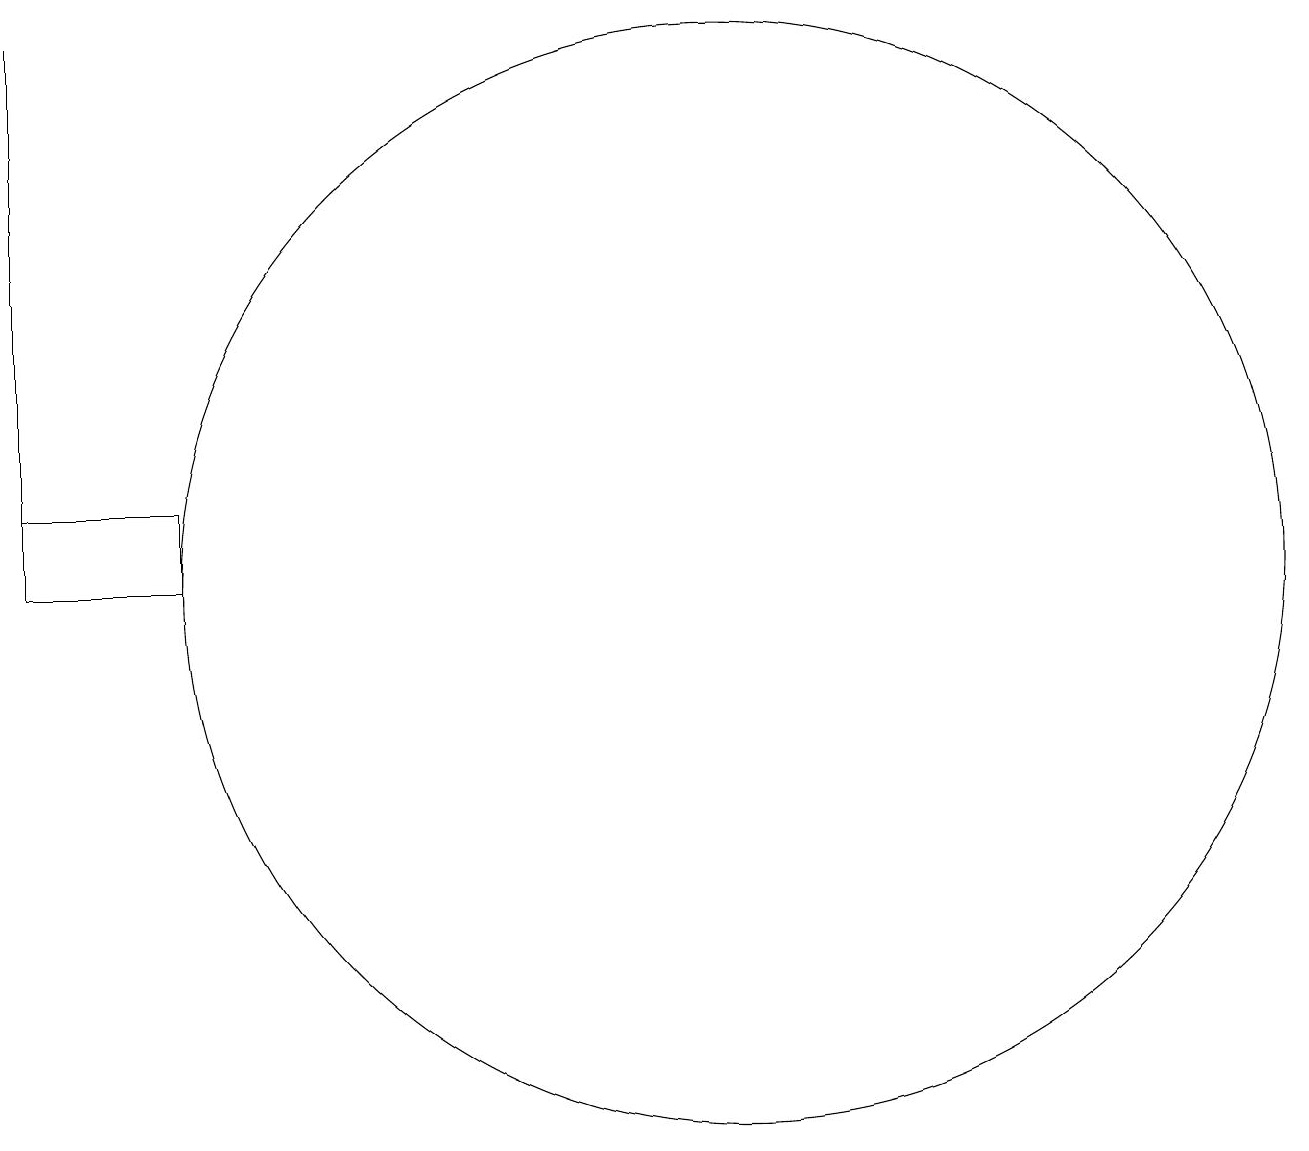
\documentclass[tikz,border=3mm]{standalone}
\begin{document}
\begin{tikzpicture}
\draw (4,12) rectangle (2,11);
\draw (2,11) rectangle (2,18);
\draw (11,11) circle (7);
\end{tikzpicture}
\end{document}